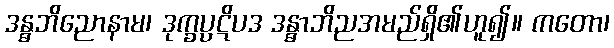
ဒန္ဓဘိညောနာမ၊ ဒုက္ခပ္ပဋိပဒ ဒန္ဓာဘိညအမည်ရှိ၏ဟူ၍။ ကတော၊